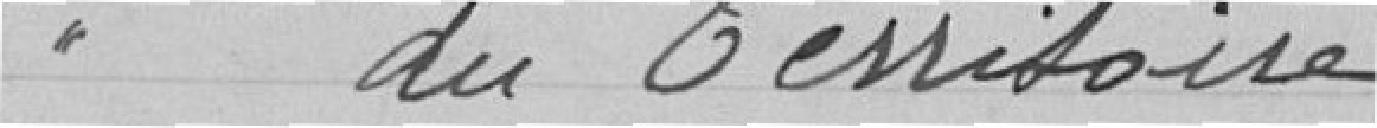
du Territoire